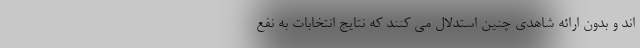
اند و بدون ارائه شاهدی چنین استدلال می کنند که نتایج انتخابات به نفع